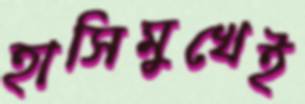
হাসিমুখেই